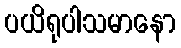
ပယိရုပါသမာနော